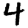
Digit: 4